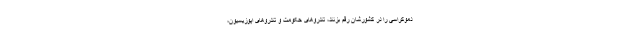
دموکراسی را در کشورشان رقم بزنند، تندروهای حکومت و تندروهای اپوزیسیون،